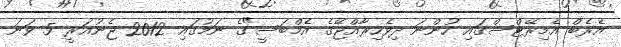
އެރެބް އެމިރޭޓްސްގައި ހުންނަ ދިވެހިރާއްޖޭގެ އެމްބަސީ"ގެ ނަމުގައި 2012 ޖެނުއަރީ 5 ވަނަ